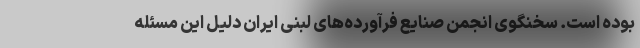
بوده است. سخنگوی انجمن صنایع فرآورده‌های لبنی ایران دلیل این مسئله